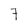
Character: 7